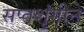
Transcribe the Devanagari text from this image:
सप्तशृंगीने